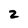
Character: 2